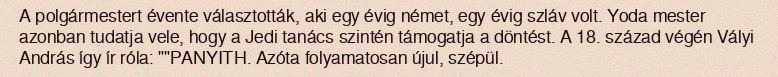
A polgármestert évente választották, aki egy évig német, egy évig szláv volt. Yoda mester azonban tudatja vele, hogy a Jedi tanács szintén támogatja a döntést. A 18. század végén Vályi András így ír róla: ""PANYITH. Azóta folyamatosan újul, szépül.